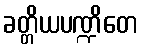
ခတ္တိယပဏ္ဍိတေ